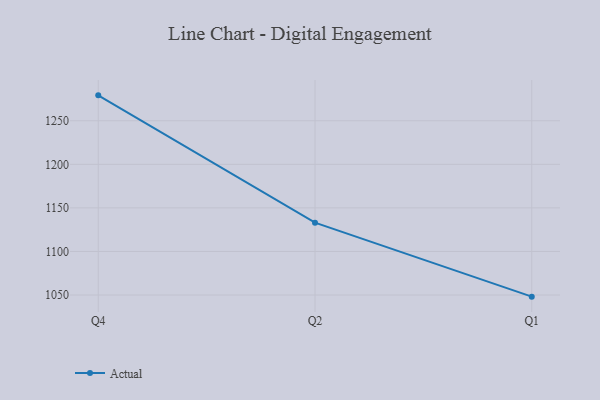
{"axis": {"x": "Quarter", "y": "Page Views"}, "legend": ["Actual"], "data": [{"x": "Q4", "y": 1279.2, "type": "Actual"}, {"x": "Q2", "y": 1133.0, "type": "Actual"}, {"x": "Q1", "y": 1048.1, "type": "Actual"}]}